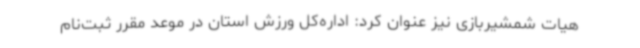
هیات شمشیربازی نیز عنوان کرد: اداره‌کل ورزش استان در موعد مقرر ثبت‌نام